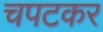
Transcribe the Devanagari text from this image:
चपटकर